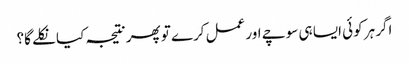
اگر ہر کوئی ایسا ہی سوچے اور عمل کرے تو پھر نتیجہ کیا نکلے گا؟